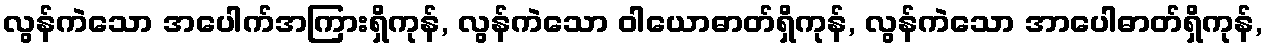
လွန်ကဲသော အပေါက်အကြားရှိကုန်, လွန်ကဲသော ဝါယောဓာတ်ရှိကုန်, လွန်ကဲသော အာပေါဓာတ်ရှိကုန်,